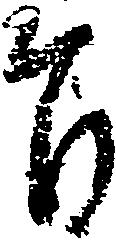
旨